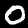
Digit: 0